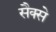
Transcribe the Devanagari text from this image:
सैक्से